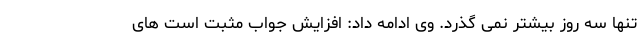
تنها سه روز بیشتر نمی گذرد. وی ادامه داد: افزایش جواب مثبت است های